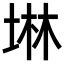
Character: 𡍚